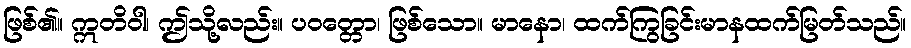
ဖြစ်၏။ ဣတိဝါ၊ ဤသို့လည်း။ ပဝတ္တော၊ ဖြစ်သော။ မာနော၊ ထက်ကြွခြင်းမာနထက်မြတ်သည်။